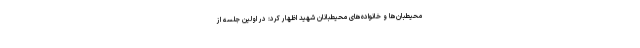
محیطبان‌ها و خانواده‌های محیطبانان شهید اظهار کرد: در اولین جلسه از